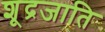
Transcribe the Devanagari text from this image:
शूद्रजाति